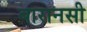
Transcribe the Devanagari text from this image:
बारानसी